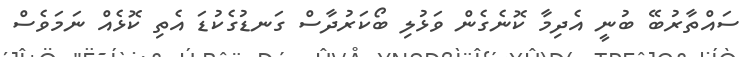
ސައްތާރުބޭ ބުނީ އެދިމާ ކޮނެގެން ވަޅުލި ބޯކަރުދާސް ގަނޑުގެކުޑަ އެތި ކޮޅެއް ނަމަވެސް